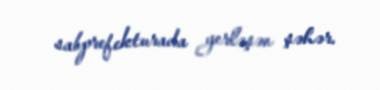
sabprefekturada yerləşən şəhər.